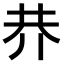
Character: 𠄫